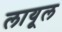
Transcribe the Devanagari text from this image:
लायूल